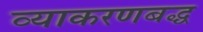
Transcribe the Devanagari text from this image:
व्याकरणबद्ध